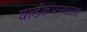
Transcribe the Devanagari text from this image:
वर्ल्डकपमधला